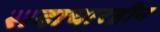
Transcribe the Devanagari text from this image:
सदाचारहीन